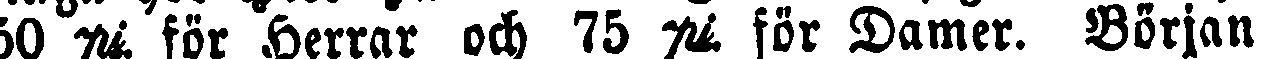
50 pk. för Herrar och 75 pk. för Damer. Början